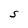
Character: S